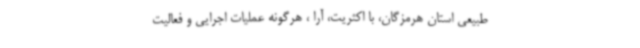
طبیعی استان هرمزگان، با اکثریت، آرا ، هرگونه عملیات اجرایی و فعالیت